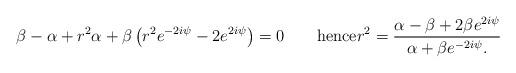
LaTeX: \begin{align*}\beta-\alpha+r^2\alpha+\beta\left(r^2e^{-2i\psi}-2e^{2i\psi}\right)=0 \qquad\mbox{hence}r^2=\frac{\alpha-\beta+2\beta e^{2i \psi}}{\alpha+\beta e^{-2i \psi} .}\end{align*}